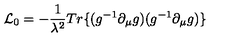
{ \cal L } _ { 0 } = - \frac { 1 } { \lambda ^ { 2 } } T r \{ ( g ^ { - 1 } \partial _ { \mu } g ) ( g ^ { - 1 } \partial _ { \mu } g ) \}